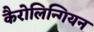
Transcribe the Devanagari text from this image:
कैरोलिन्गियन